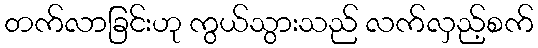
တက်လာခြင်းဟု ကွယ်သွားသည် လက်လှည့်စက်